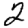
Digit: 2